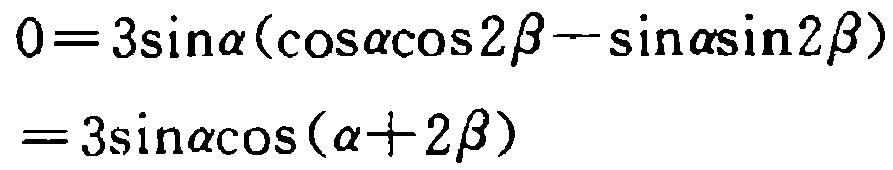
\[

\begin{align*}

0&=3\sin\alpha(\cos\alpha\cos2\beta - \sin\alpha\sin2\beta)\\

&=3\sin\alpha\cos(\alpha + 2\beta)

\end{align*}

\]